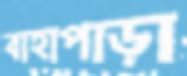
বাহাপাড়া